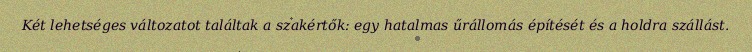
Két lehetséges változatot találtak a szakértők: egy hatalmas űrállomás építését és a holdra szállást.